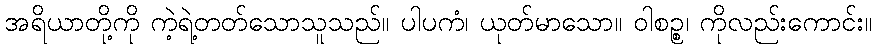
အရိယာတို့ကို ကဲ့ရဲ့တတ်သောသူသည်။ ပါပကံ၊ ယုတ်မာသော။ ဝါစဉ္စ၊ ကိုလည်းကောင်း။